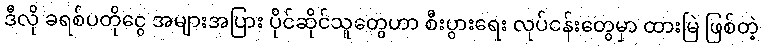
ဒီလို ခရစ်ပတိုငွေ အများအပြား ပိုင်ဆိုင်သူတွေဟာ စီးပွားရေး လုပ်ငန်းတွေမှာ ထားမြဲ ဖြစ်တဲ့